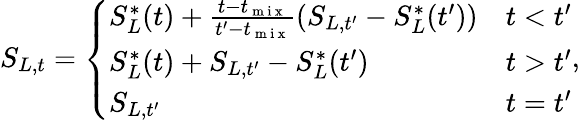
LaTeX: S_{L,t}=\left\{ \begin{array}{ll}{S_{L}^{\ast}(t)+\frac{t-t_{\mathrm{~m~i~x~}}}{t^{\prime}-t_{\mathrm{~m~i~x~}}}(S_{L,t^{\prime}}-S_{L}^{\ast}(t^{\prime}))}&{t<t^{\prime}}\\ {S_{L}^{\ast}(t)+S_{L,t^{\prime}}-S_{L}^{\ast}(t^{\prime})}&{t>t^{\prime}}\\ {S_{L,t^{\prime}}}&{t=t^{\prime}}\end{array}\right.,